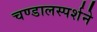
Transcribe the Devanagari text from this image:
चण्डालस्पर्शने